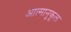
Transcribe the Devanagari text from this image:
आत्मानुकूल